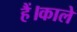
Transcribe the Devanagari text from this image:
हैं।काले